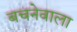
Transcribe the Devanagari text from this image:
बचनेवाला